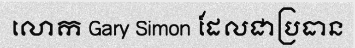
លោក Gary Simon ដែលជាប្រធាន